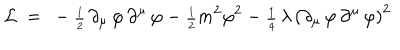
LaTeX: { \cal L } ~ = ~ - { \scriptstyle \frac { 1 } { 2 } } \, \partial _ { \mu } \, \varphi \, \partial ^ { \mu } \, \varphi - { \scriptstyle \frac { 1 } { 2 } } m ^ { 2 } \varphi ^ { 2 } - { \scriptstyle \frac { 1 } { 4 } } \, \lambda \, \left( \partial _ { \mu } \, \varphi \, \partial ^ { \mu } \, \varphi \right) ^ { 2 }